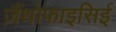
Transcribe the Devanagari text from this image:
ज़ैंथोफाइसिई